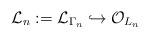
LaTeX: \begin{align*}\mathcal{L}_n := \mathcal{L}_{\Gamma_n} \hookrightarrow\mathcal{O}_{L_n}\end{align*}